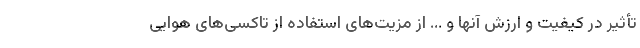
تأثیر در کیفیت و ارزش آنها و … از مزیت‌های استفاده از تاکسی‌های هوایی